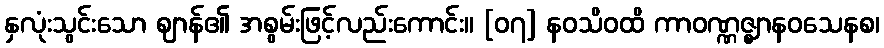
နှလုံးသွင်းသော ဈာန်၏ အစွမ်းဖြင့်လည်းကောင်း။ [၀၇] နဝသိဝထိ ကာဝဏ္ဏဇ္ဈာနဝသေနစ၊